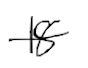
Text: 18
Cross-out: single-line
Writing tool: digital_black